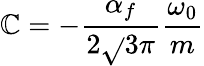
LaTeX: \mathbb{C}=-\frac{{\alpha_{f}}}{{2\sqrt{}{{3}}\pi}}\frac{{\omega_{0}}}{{m}}